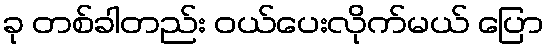
ခု တစ်ခါတည်း ဝယ်ပေးလိုက်မယ် ပြော